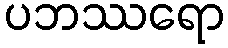
ပဘဿရော